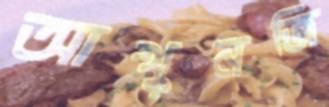
আখুনজি